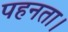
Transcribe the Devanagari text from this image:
पहनता।